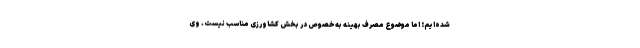
شده‌ایم؛ اما موضوع مصرف بهینه به‌خصوص در بخش کشاورزی مناسب نیست. وی